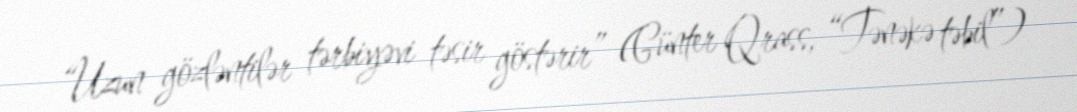
“Uzun gözləntilər tərbiyəvi təsir göstərir” (Günter Qrass, “Tənəkə təbil”)